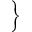
\Bigg \}